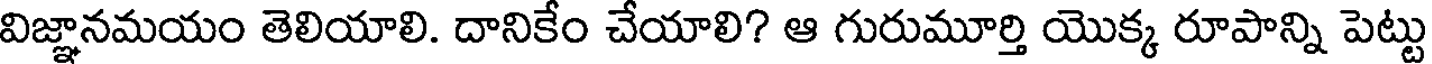
విజ్ఞానమయం తెలియాలి. దానికేం చేయాలి? ఆ గురుమూర్తి యొక్క రూపాన్ని పెట్టు